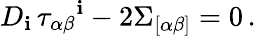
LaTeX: D_{\mathbf{i}}\, \tau_{\alpha\beta}{}^{\mathbf{i}}-2\Sigma_{[\alpha\beta]}=0\, .